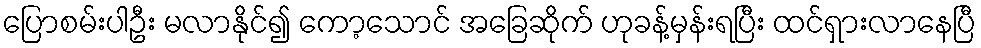
ပြောစမ်းပါဦး မလာနိုင်၍ ကော့သောင် အခြေဆိုက် ဟုခန့်မှန်းရပြီး ထင်ရှားလာနေပြီ